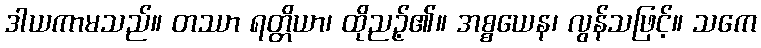
ဒါယကာမသည်။ တဿာ ရတ္တိယာ၊ ထိုညဉ့်၏။ အစ္စယေန၊ လွန်သဖြင့်။ သကေ